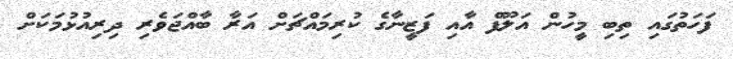
ފަހަތުގައި ތިބި މީހުން އަލޫފް އާއި ފަޒީނާގެ ކުރިމައްޗަށް އަރާ ބާއްޖަވެރި ދިރިއުޅުމަކަށް